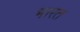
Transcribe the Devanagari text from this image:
भारत